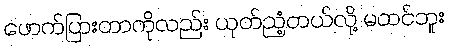
ဖောက်ပြားတာကိုလည်း ယုတ်ညံ့တယ်လို့ မထင်ဘူး